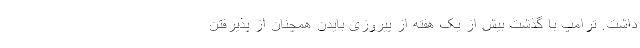
داشت. ترامپ با گذشت بیش از یک هفته از پیروزی بایدن همچنان از پذیرفتن